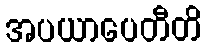
အပယာပေတီတိ